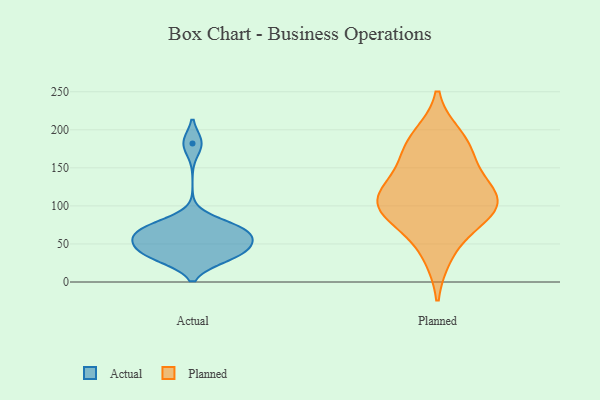
{"axis": {"x": "Customer Acquisition Cost (USD)", "y": "Value"}, "legend": ["Actual", "Planned"], "data": [{"x": "", "y": 42, "type": "Actual"}, {"x": "", "y": 72, "type": "Actual"}, {"x": "", "y": 65, "type": "Actual"}, {"x": "", "y": 35, "type": "Actual"}, {"x": "", "y": 182, "type": "Actual"}, {"x": "", "y": 32, "type": "Actual"}, {"x": "", "y": 53, "type": "Actual"}, {"x": "", "y": 68, "type": "Actual"}, {"x": "", "y": 38, "type": "Actual"}, {"x": "", "y": 73, "type": "Actual"}, {"x": "", "y": 56, "type": "Actual"}, {"x": "", "y": 169, "type": "Planned"}, {"x": "", "y": 36, "type": "Planned"}, {"x": "", "y": 81, "type": "Planned"}, {"x": "", "y": 190, "type": "Planned"}, {"x": "", "y": 113, "type": "Planned"}, {"x": "", "y": 177, "type": "Planned"}, {"x": "", "y": 125, "type": "Planned"}, {"x": "", "y": 90, "type": "Planned"}, {"x": "", "y": 101, "type": "Planned"}, {"x": "", "y": 126, "type": "Planned"}, {"x": "", "y": 96, "type": "Planned"}]}